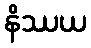
နိဿယ